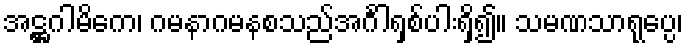
အဋ္ဌဂါမိကေ၊ ဂမနာဂမနစသည်အင်္ဂါရှစ်ပါးရှိ၍။ သမဏသာရုပ္ပေ၊